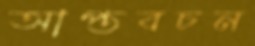
আপ্তবচন